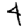
Digit: 4